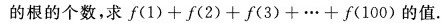
10.设n是从1开始的自然数，f(n)表示方程sin x=cos(nx)在区间[0，π]上